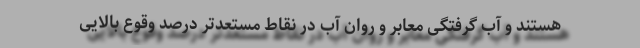
هستند و آب گرفتگی معابر و روان آب در نقاط مستعدتر درصد وقوع بالایی